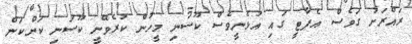
ރައްރަށު ގަވެސް އެޕާޓީ ގައި އުޅެނީވެސް ކޫސަނި މީހުން ކުރެވޭނީ ކޫސަނި ކަންކަން